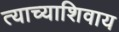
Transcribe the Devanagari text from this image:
त्याच्याशिवाय